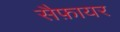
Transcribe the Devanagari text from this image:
सैफ़ायर